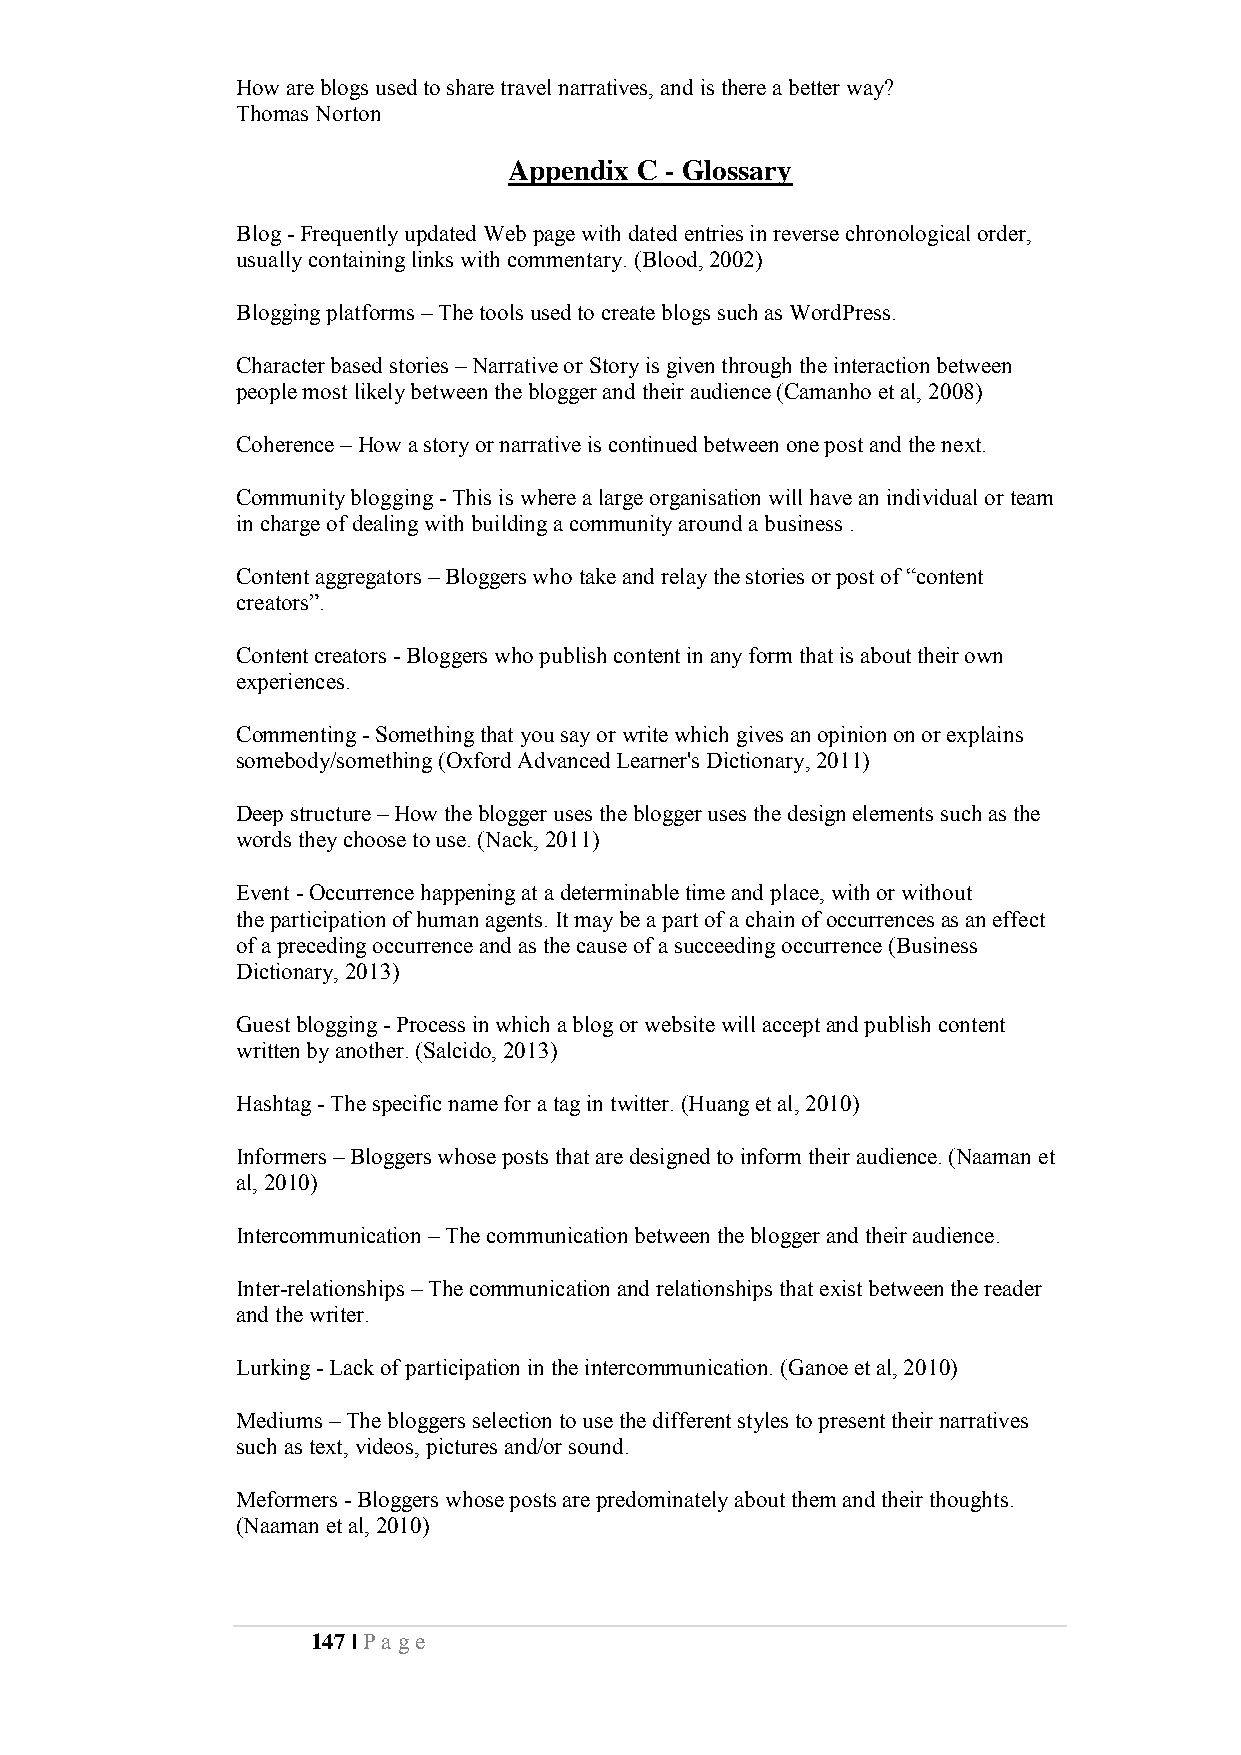
How are blogs used to share travel narratives, and is there a better way?
 Thomas Norton
 Appendix C - Glossary
 Blog - Frequently updated Web page with dated entries in reverse chronological order,
 usually containing links with commentary. (Blood, 2002)
 Blogging platforms – The tools used to create blogs such as WordPress.
 Character based stories – Narrative or Story is given through the interaction between
 people most likely between the blogger and their audience (Camanho et al, 2008)
 Coherence – How a story or narrative is continued between one post and the next.
 Community blogging - This is where a large organisation will have an individual or team
 in charge of dealing with building a community around a business .
 Content aggregators – Bloggers who take and relay the stories or post of “content
 creators”.
 Content creators - Bloggers who publish content in any form that is about their own
 experiences.
 Commenting - Something that you say or write which gives an opinion on or explains
 somebody/something (Oxford Advanced Learner's Dictionary, 2011)
 Deep structure – How the blogger uses the blogger uses the design elements such as the
 words they choose to use. (Nack, 2011)
 Event - Occurrence happening at a determinable time and place, with or without
 the participation of human agents. It may be a part of a chain of occurrences as an effect
 of a preceding occurrence and as the cause of a succeeding occurrence (Business
 Dictionary, 2013)
 Guest blogging - Process in which a blog or website will accept and publish content
 written by another. (Salcido, 2013)
 Hashtag - The specific name for a tag in twitter. (Huang et al, 2010)
 Informers – Bloggers whose posts that are designed to inform their audience. (Naaman et
 al, 2010)
 Intercommunication – The communication between the blogger and their audience.
 Inter-relationships – The communication and relationships that exist between the reader
 and the writer.
 Lurking - Lack of participation in the intercommunication. (Ganoe et al, 2010)
 Mediums – The bloggers selection to use the different styles to present their narratives
 such as text, videos, pictures and/or sound.
 Meformers - Bloggers whose posts are predominately about them and their thoughts.
 (Naaman et al, 2010)
 147 | Pa ge